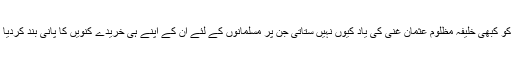
آپ کو کبھی خلیفہ مظلوم عثمان غنیؓ کی یاد کیوں نہیں ستاتی جن پر مسلمانوں کے لئے ان کے اپنے ہی خریدے کنویں کا پانی بند کردیا گیا۔